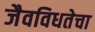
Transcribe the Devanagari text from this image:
जैवविधतेचा